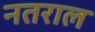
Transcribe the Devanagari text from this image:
नतराल